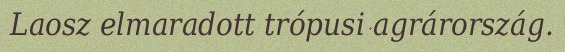
Laosz elmaradott trópusi agrárország.